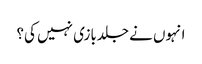
انہوں نے جلدبازی نہیں کی؟